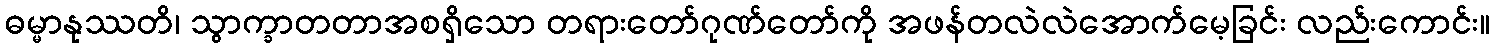
ဓမ္မာနုဿတိ၊ သွာက္ခာတတာအစရှိသော တရားတော်ဂုဏ်တော်ကို အဖန်တလဲလဲအောက်မေ့ခြင်း လည်းကောင်း။